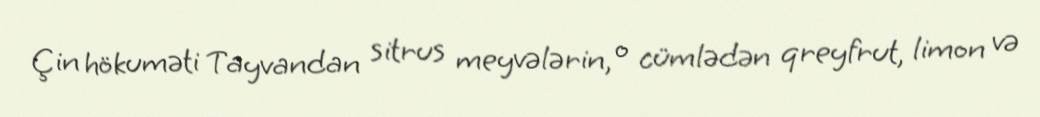
Çin hökuməti Tayvandan sitrus meyvələrin, o cümlədən qreyfrut, limon və